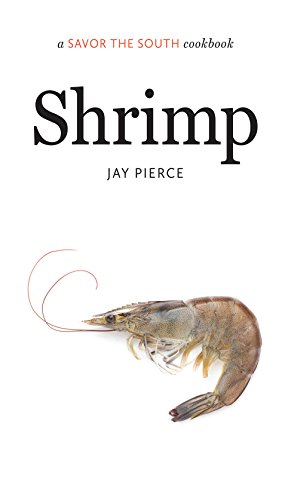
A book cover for Shrimp: a Savor the SouthÂ® cookbook (Savor the South Cookbooks); Jay Pierce; Cookbooks, Food & Wine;